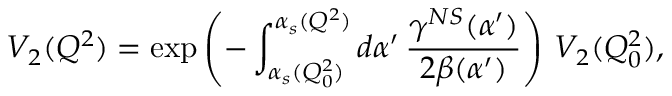
V _ { 2 } ( Q ^ { 2 } ) = \exp \left( - \int _ { \alpha _ { s } ( Q _ { 0 } ^ { 2 } ) } ^ { \alpha _ { s } ( Q ^ { 2 } ) } d \alpha ^ { \prime } \, \frac { \gamma ^ { N S } ( \alpha ^ { \prime } ) } { 2 \beta ( \alpha ^ { \prime } ) } \right) \, V _ { 2 } ( Q _ { 0 } ^ { 2 } ) ,